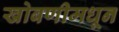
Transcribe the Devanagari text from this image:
खोबणीमधून